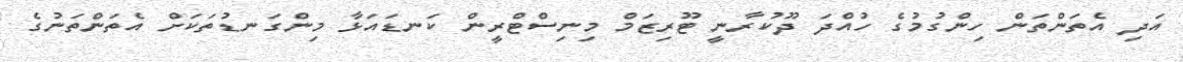
އަދި އެތަންތަން ހިންގުމުގެ ހުއްދަ ދޫކުރާނީ ޓޫރިޒަމް މިނިސްޓްރީން ކަނޑައަޅާ މިންގަނޑުތަކަށް އެތަންތަނުގެ